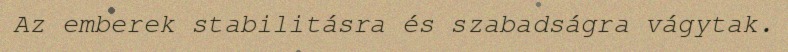
Az emberek stabilitásra és szabadságra vágytak.